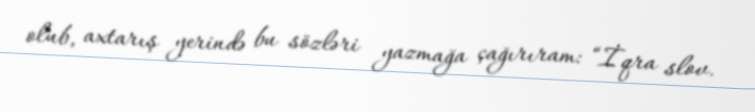
olub, axtarış yerində bu sözləri yazmağa çağırıram: “İqra slov.